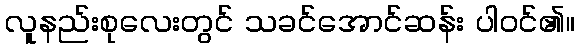
လူနည်းစုလေးတွင် သခင်အောင်ဆန်း ပါဝင်၏။